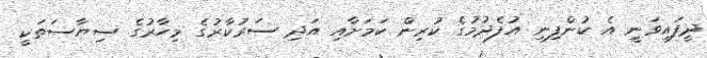
ދީފައިވަނީ އެ ކުންފިނި އުފެދުމުގެ ކުރިން ކަމަށާއި އަދި ސަރުކާރުގެ މިހާރުގެ ސިޔާސަތަކީ